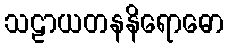
သဠာယတနနိရောဓော